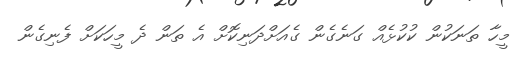
މީހާ ތަނަކުން ކުކުޅެއް ގަނެގެން ގެއަށްދަނިކޮށް އެ ތަން ދެ މީހަކަށް ފެނިގެން